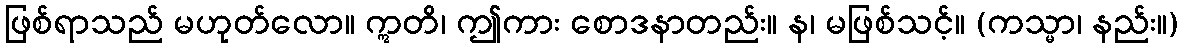
ဖြစ်ရာသည် မဟုတ်လော။ ဣတိ၊ ဤကား စောဒနာတည်း။ န၊ မဖြစ်သင့်။ (ကသ္မာ၊ နည်း။)